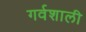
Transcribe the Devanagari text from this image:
गर्वशाली